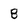
Character: B